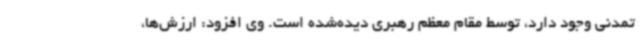
تمدنی وجود دارد، توسط مقام معظم رهبری دیده‌شده است. وی افزود: ارزش‌ها،